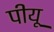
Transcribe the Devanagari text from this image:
पीयू